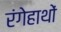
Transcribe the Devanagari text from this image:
रंगेहाथों